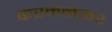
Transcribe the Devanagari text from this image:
करमनगर